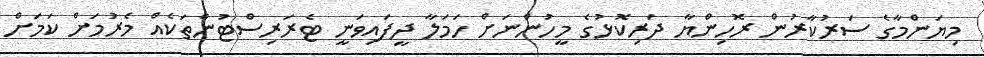
މިޔަންމާގެ ސަރުކާރުން ރޮހިންޔާ ދަރިކޮޅުގެ މީހުންނަށް ހަމަލާ ދީފައިވަނީ ޓެރަރިސްޓުންތަކެއް މެރުމަށް ކަމަށް